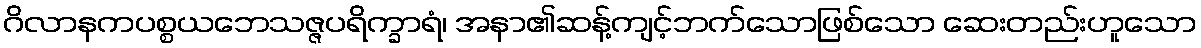
ဂိလာနကပစ္စယဘေသဇ္ဇပရိက္ခာရံ၊ အနာ၏ဆန့်ကျင့်ဘက်သောဖြစ်သော ဆေးတည်းဟူသော